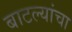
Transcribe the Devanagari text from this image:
बाटल्यांचा